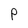
Character: P